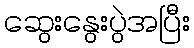
ဆွေးနွေးပွဲအပြီး